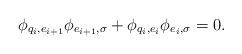
\begin{align*}\phi_{q_i,e_{i+1}}\phi_{e_{i+1},\sigma}+\phi_{q_{i},e_i}\phi_{e_i,\sigma}=0.\end{align*}